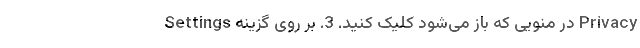
Settings در منویی که باز می‌شود کلیک کنید. 3. بر روی گزینه Privacy